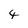
Character: 4